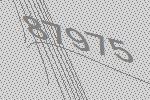
87975